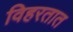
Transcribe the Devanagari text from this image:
विहरतात